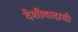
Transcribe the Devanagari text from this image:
देशीवादाची